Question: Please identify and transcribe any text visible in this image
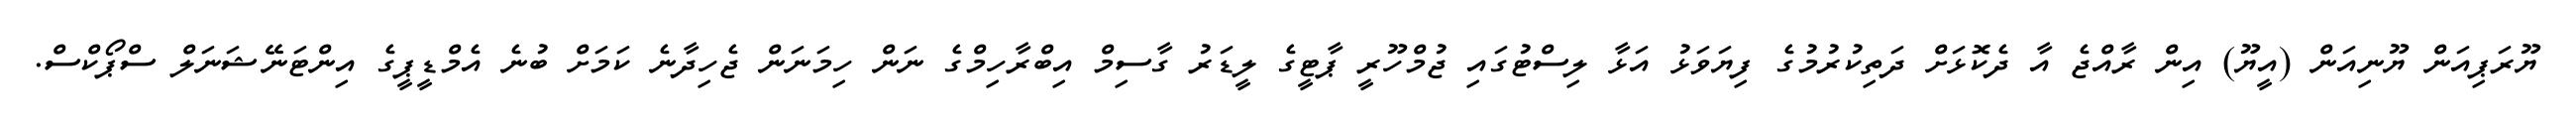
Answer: ޔޫރަޕިއަން ޔޫނިއަން (އީޔޫ) އިން ރާއްޖެ އާ ދެކޮޅަށް ދަތިކުރުމުގެ ފިޔަވަޅު އަޅާ ލިސްޓުގައި ޖުމްހޫރީ ޕާޓީގެ ލީޑަރު ގާސިމް އިބްރާހިމްގެ ނަން ހިމަނަން ޖެހިދާނެ ކަމަށް ބުނެ އެމްޑީޕީގެ އިންޓަނޭޝަނަލް ސްޕޯކްސް.